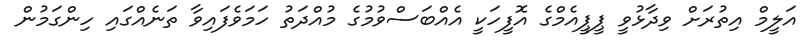
އަލީމް އިތުރަށް ވިދާޅުވީ ޕީޕީއެމްގެ އޮފީހަކީ އެއްބަސްވުމުގެ މުއްދަތު ހަމަވެފައިވާ ތަނެއްގައި ހިންގަމުން